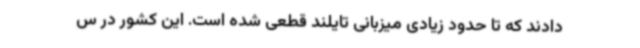
دادند که تا حدود زیادی میزبانی تایلند قطعی شده است. این کشور در س